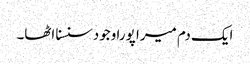
ایک دم میرا پورا وجود سنسنا اٹھا۔